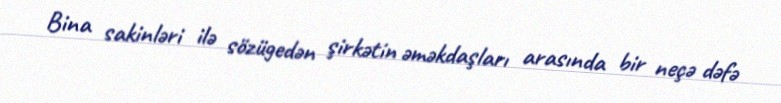
Bina sakinləri ilə sözügedən şirkətin əməkdaşları arasında bir neçə dəfə